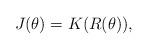
LaTeX: \begin{align*} J(\theta)=K(R(\theta)),\end{align*}